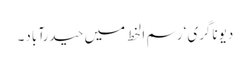
دیوناگری‘ رسم ا لخط میں حیدرآباد۔